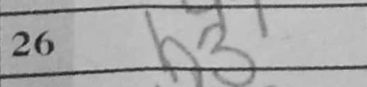
Transcription: h3